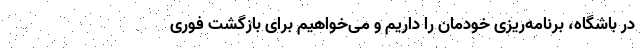
در باشگاه، برنامه‌ریزی خودمان را داریم و می‌خواهیم برای بازگشت فوری